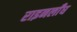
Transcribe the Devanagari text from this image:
राइनलाँघ